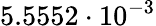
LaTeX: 5.5552\cdot 10^{-3}